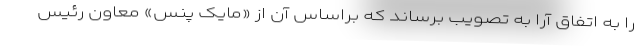
را به اتفاق آرا به تصویب برساند که براساس آن از «مایک پنس» معاون رئیس